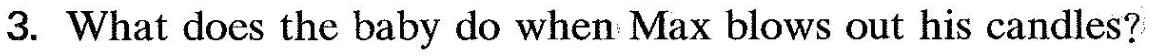
3.What does the baby do when Max blows out his candles?